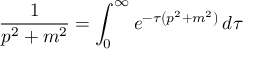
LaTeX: { \frac { 1 } { p ^ { 2 } + m ^ { 2 } } } = \int _ { 0 } ^ { \infty } e ^ { - \tau \left( p ^ { 2 } + m ^ { 2 } \right) } \, d \tau